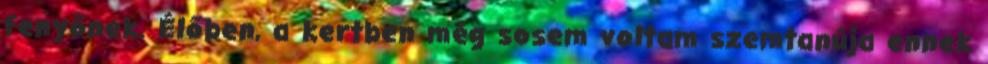
fenyőnek. Élőben, a kertben még sosem voltam szemtanúja ennek